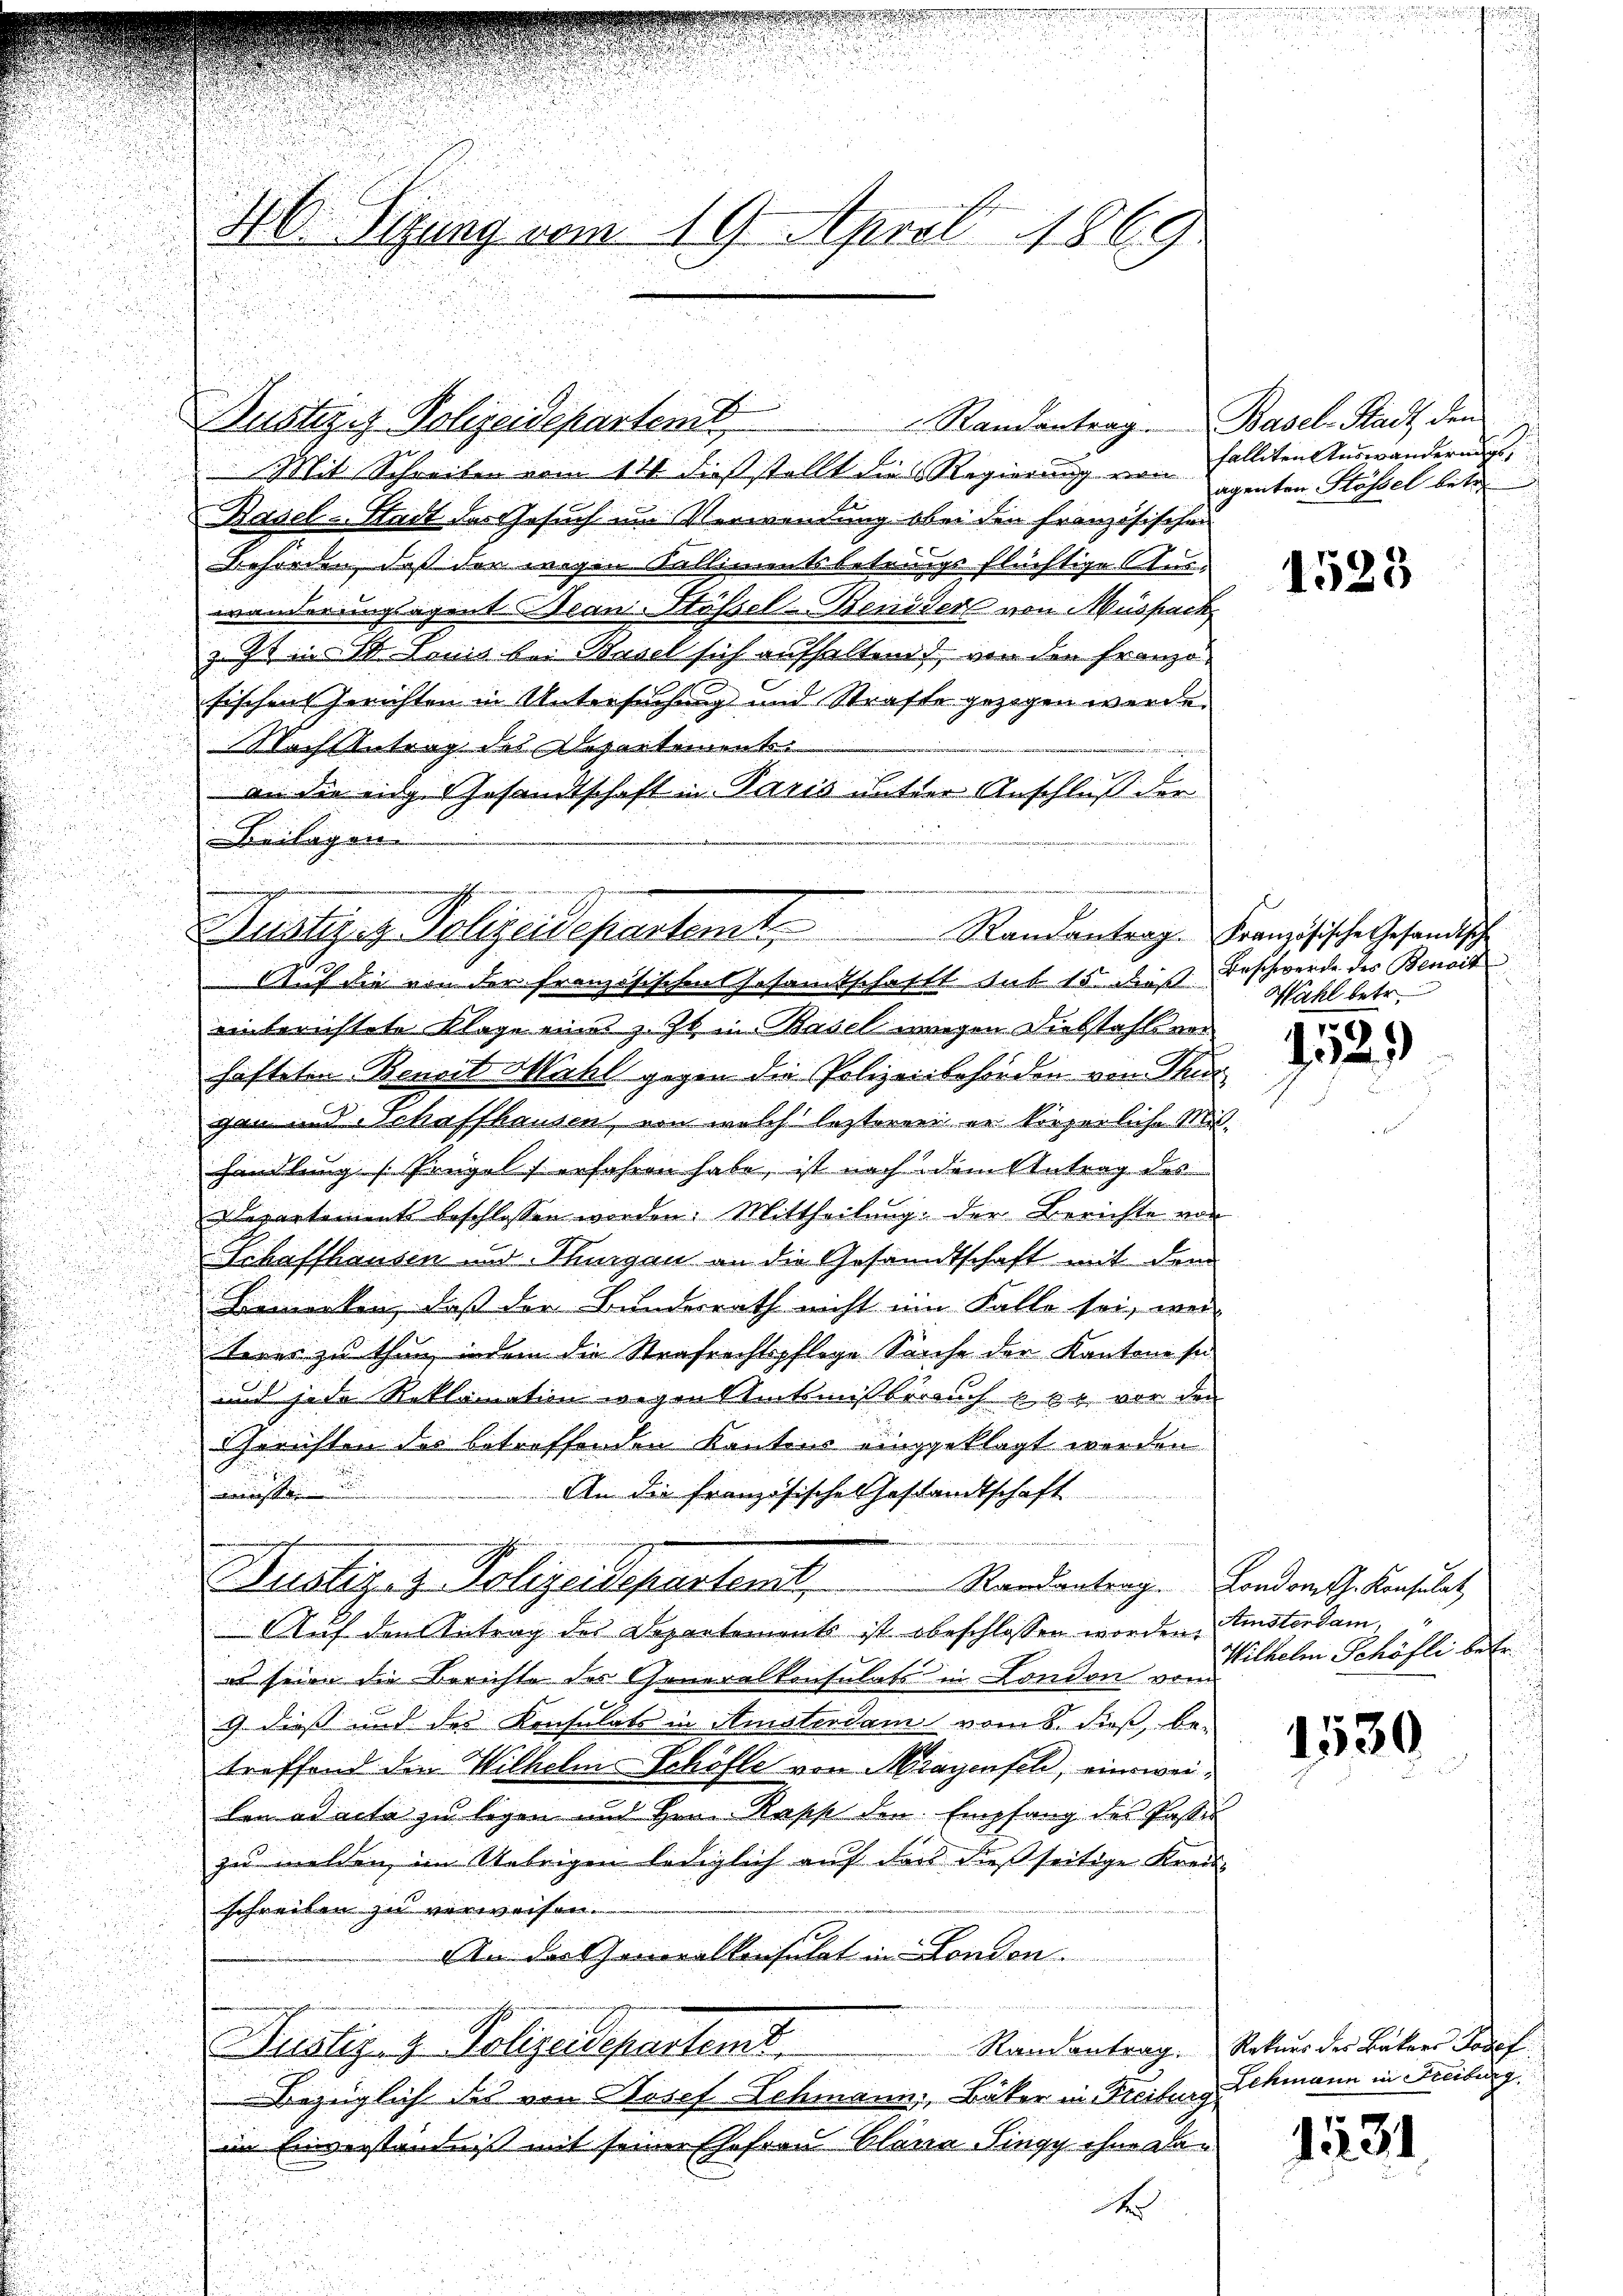
.
d
26. Sitzung vom 19. April 1869

Mit Schreiben vom 111. d. stellt dies Regierung von
Basel-Stadt des Gesuch im Verwendung ober den Französischen
Behörden, daß den wegen Kallimentsbetrags flüchtige Aus-
wänderungsagent Jean Stössel Beneder von Muspack
z. Zt. in St. Louis bei Basel sich aufhaltend, von der Franzo
fischen Gerichten in Untersuchung und Strafte gezogen werde.
Nach Antrag des Departement¬
 an die eidg. Gesandtschaft in Paris mit der Anschluß der
u
Beilagen

eren wir
Detaires Polizeidepartemt,
Auf die von der Französischen Posamtschaft sub 15. dieß Beschwerde des Benoit

Dustiges Polizeidepartenst

. Randantrag. Basel-Stadt, den

einberichtete Klage eines z. Zt. in Basel wegen Diebstaftver
hafteten Benoit Michl gegen die Polizeiibehörden von Thur
gan und Schaffhausen, von welch lezterner er körperliche Mithandlung /Prügelf erfahren habe, ist nach dem Antrag des
Departements beschlossen worden. Mittheilung der Berichte von
s
Schaffhausen u. Stungen an die Gesandtschaft mit dem

Bemerken, dass der Bundesrath nicht ein Falle sei, wor
teres zu thun, indem die Strafrechtspflege Sache der Kantone se
u
mit jede Reklamation wegen Stückensterauch er vor den
u
.
Gerichten der betreffenden Kantons eingeklagt werden
b

S
An die Französische Gestandtschaft
Sublico - Polizeidepartamt,
Randantrag. Londomth. Konsulat
Auf den Antrag des Departements ist obeschlossen worden. Ministerdam
es seien die Berichte des Generalkonsulats in London vom
c dieß und des Konsulats in Amsterdam vom 8. dieß, be-
treffend den Wilhelm Schöfle von Magensch, einsweilen ad acta zu legen und Hrn. Rapp den Empfang des Paster
zu melden im Uebrigen lediglich auf dass dießseitige Kreisschreiben zu verweisen.
An der Generalkonsulat in London
Julaling Polizeidepartemb.
Bezüglich des von Josef Schmann, Bäker in Freiburg
im Einverständnis mit seiner Ehefrau Clana Pingy ohne La¬
A

falliten Auswanderungsagenten Stössel betr.

1525

Randantrag. Französische Gesandtsche
Wahl betr.

1529

Wilhelm Schöfli betr.

1530

Randantrag. Rekurs der Bakers Josef
Lehmann in Freiburg.

1231